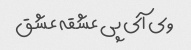
وی آی پی عشقه عشق